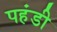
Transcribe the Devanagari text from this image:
पहंडी